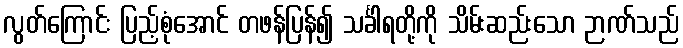
လွတ်ကြောင်း ပြည့်စုံအောင် တဖန်ပြန်၍ သင်္ခါရတို့ကို သိမ်းဆည်းသော ဉာဏ်သည်